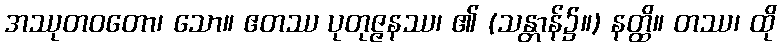
အဿုတဝတော၊ သော။ ဧတဿ ပုတုဇ္ဇနဿ၊ ၏ (သန္တာန်၌။) နတ္ထိ။ တဿ၊ ထို